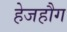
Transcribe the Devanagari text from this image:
हेजहौग